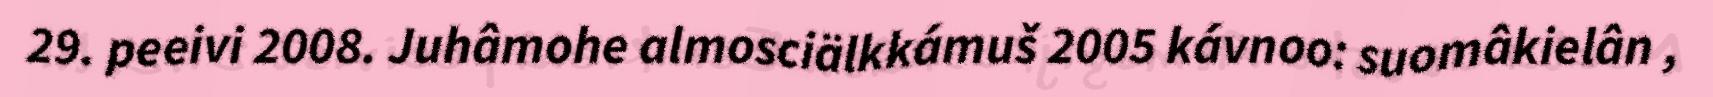
29. peeivi 2008. Juhâmohe almosciälkkámuš 2005 kávnoo: suomâkielân ,